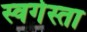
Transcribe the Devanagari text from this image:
स्वर्गस्ता